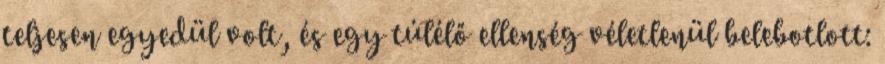
teljesen egyedül volt, és egy túlélő ellenség véletlenül belebotlott: